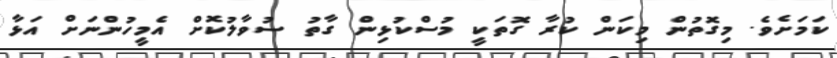
ކަމަށެވެ. މިގޮތުން މިކަން ކުރާ ގޮތަކީ މުސްކުޅިން ގާތު ސުވާލުކޮށް އެމީހުންނަށް އަޅާ